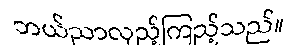
ဘယ်ညာလှည့်ကြည့်သည်။